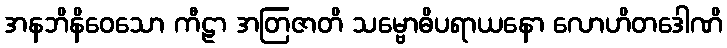
အနဘိနိဝေသော ကီဠာ အတြဇာတိ သမ္ဗောဓိပရာယနော လောဟိတဒေါဏိ